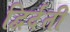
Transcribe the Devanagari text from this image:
द्विर्दंती